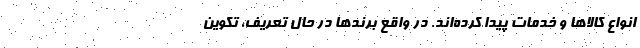
انواع کالاها و خدمات پیدا کرده‌اند. در واقع برندها در حال تعریف، تکوین